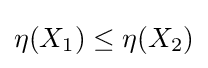
{\textstyle \eta (X_{1})\leq \eta (X_{2})}